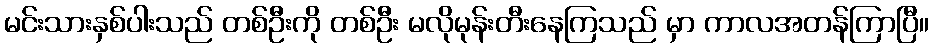
မင်းသားနှစ်ပါးသည် တစ်ဦးကို တစ်ဦး မလိုမုန်းတီးနေကြသည် မှာ ကာလအတန်ကြာပြီ။